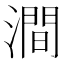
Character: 澗